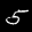
Label: 5